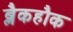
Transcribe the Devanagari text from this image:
ब्लैकहौक